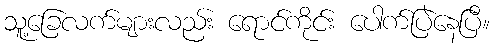
သူ့ခြေလက်များလည်း ရောင်ကိုင်း ပေါက်ပြဲနေပြီ။